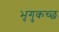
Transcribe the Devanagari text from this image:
भृगुकच्छ